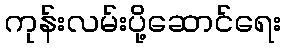
ကုန်းလမ်းပို့ဆောင်ရေး